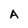
Character: A